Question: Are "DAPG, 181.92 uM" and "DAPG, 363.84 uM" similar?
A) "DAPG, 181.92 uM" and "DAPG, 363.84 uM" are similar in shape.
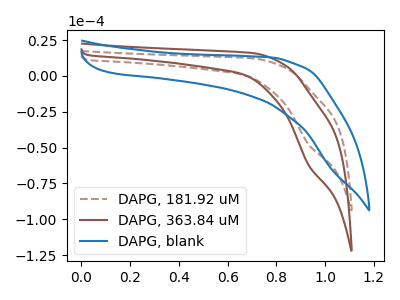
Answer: <think>The brown dashed curve "DAPG, 181.92 uM" has a cathodic peak at: (0.95V, -47.80uA). The brown curve "DAPG, 363.84 uM" has a cathodic peak at: (0.95V, -62.20uA). The blue curve "DAPG, blank" has no peaks.
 All the peaks in "DAPG, 181.92 uM" have a peak in "DAPG, 363.84 uM" at the same potential. Every peak in "DAPG, 181.92 uM" is lower than every peak in "DAPG, 363.84 uM".</think>
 <answer>A) "DAPG, 181.92 uM" and "DAPG, 363.84 uM" are similar in shape.</answer>
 <eval>A</eval>